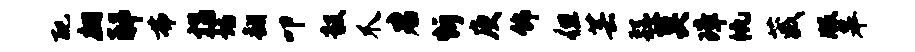
配翩邸弗揣诗翻叩毅爪君忻庾饰但芸繇莫璋帆葳版皋